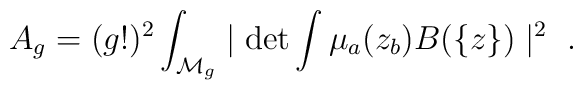
A_g = (g!)^2 \int_{{\cal M}_g}\mid\det\int \mu_a (z_b) B(\{ z \} )\mid^2\ .